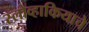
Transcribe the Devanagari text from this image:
स्लोव्हाकियाचे